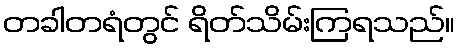
တခါတရံတွင် ရိတ်သိမ်းကြရသည်။